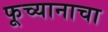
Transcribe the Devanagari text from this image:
फूच्यानाचा